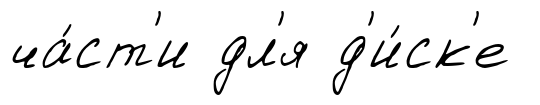
ча́ст'и дл'я д'и́ск'е